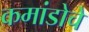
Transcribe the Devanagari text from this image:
कमांडोचे